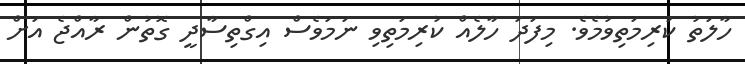
ހާލަތު ކުރިމަތިވުމެވެ. މިފަދަ ހާލެއް ކުރިމަތިވި ނަމަވެސް އިގްތިސާދީ ގޮތުން ރާއްޖެ އަށް